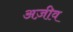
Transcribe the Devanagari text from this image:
अज़ीव